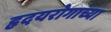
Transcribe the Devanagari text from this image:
हृदयरोगाच्या